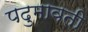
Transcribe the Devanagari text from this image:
पदुमावती